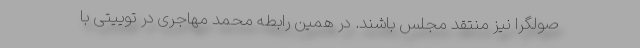
صولگرا نیز منتقد مجلس باشند. در همین رابطه محمد مهاجری در توییتی با